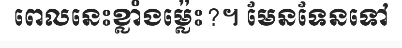
ពេលនេះខ្លាំងម្ល៉េះ?។ មែនទែនទៅ